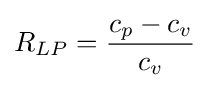
R_{LP}={\frac {c_{p}-c_{v}}{c_{v}}}